65_HS1-834228961_62-HQ-83894_Section_4
Agency: FBI
Page 191
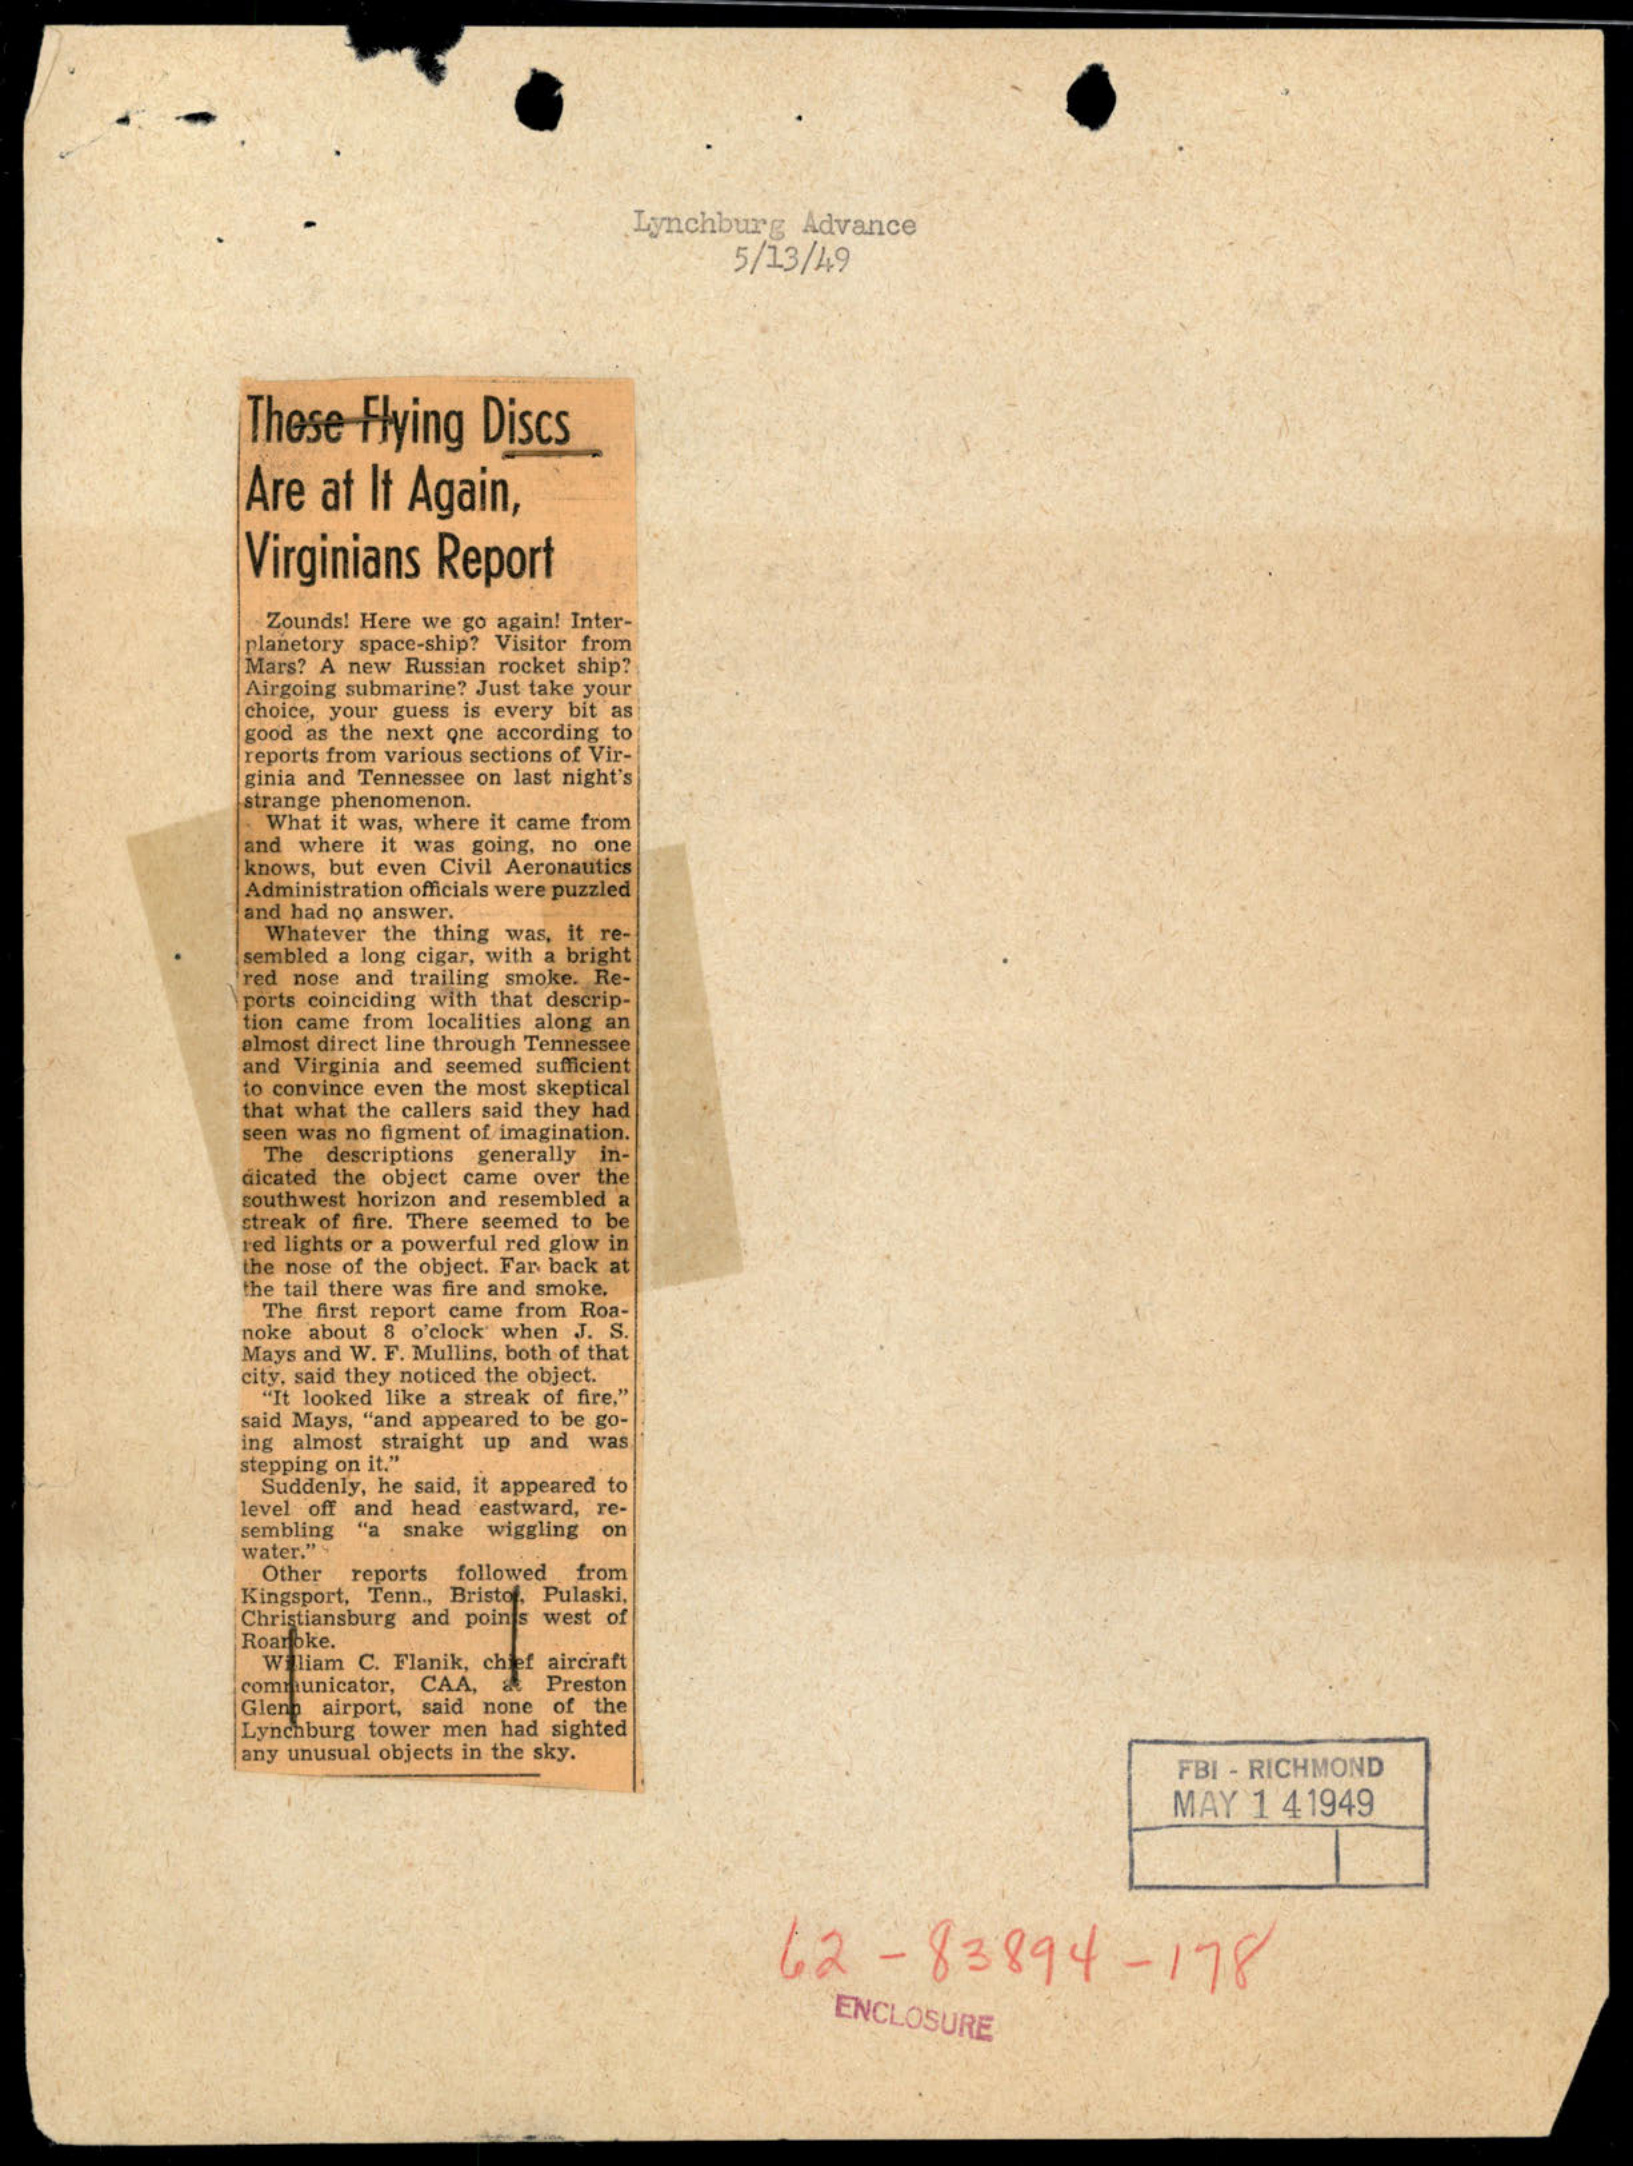